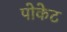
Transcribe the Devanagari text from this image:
पोकेट